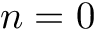
n = 0